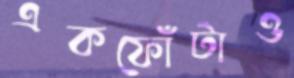
একফোঁটাও